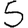
Digit: 5